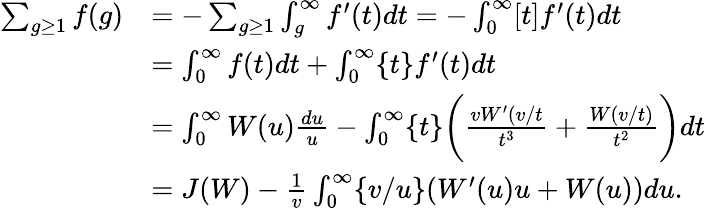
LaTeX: \begin{array}{rl}{\sum_{g\ge 1}f(g)}&{=-\sum_{g\ge 1}\int_{g}^{\infty}f^{\prime}(t)dt=-\int_{0}^{\infty}[t]f^{\prime}(t)dt}\\ &{=\int_{0}^{\infty}f(t)dt+\int_{0}^{\infty}\{ t\} f^{\prime}(t)dt}\\ &{=\int_{0}^{\infty}W(u)\frac{du}{u}-\int_{0}^{\infty}\{ t\} \biggl(\frac{vW^{\prime}(v/t}{t^{3}}+\frac{W(v/t)}{t^{2}}\biggr)dt}\\ &{=J(W)-\frac{1}{v}\int_{0}^{\infty}\{ v/u\} (W^{\prime}(u)u+W(u))du.}\end{array}